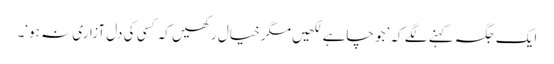
ایک جگہ کہنے لگے کہ ’جو چاہے لکھیں مگر خیال رکھیں کہ کسی کی دل آزاری نہ ہو‘۔